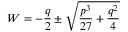
W = - { \frac { q } { 2 } } \pm { \sqrt { { \frac { p ^ { 3 } } { 2 7 } } + { \frac { q ^ { 2 } } { 4 } } } }